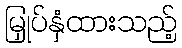
မြှုပ်နှံထားသည့်